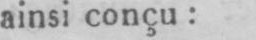
ainsi conçu: